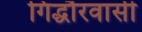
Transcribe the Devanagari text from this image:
गिद्धौरवासी